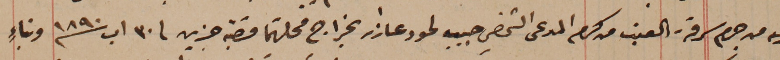
اليه من جرم سرقة العنب من كرم المدعى الشخصي حبيب لحود عازر بخراج محلتهما قصبة جزين فى ٣٠ اب سنة ١٨٩٠ وبناءٍ